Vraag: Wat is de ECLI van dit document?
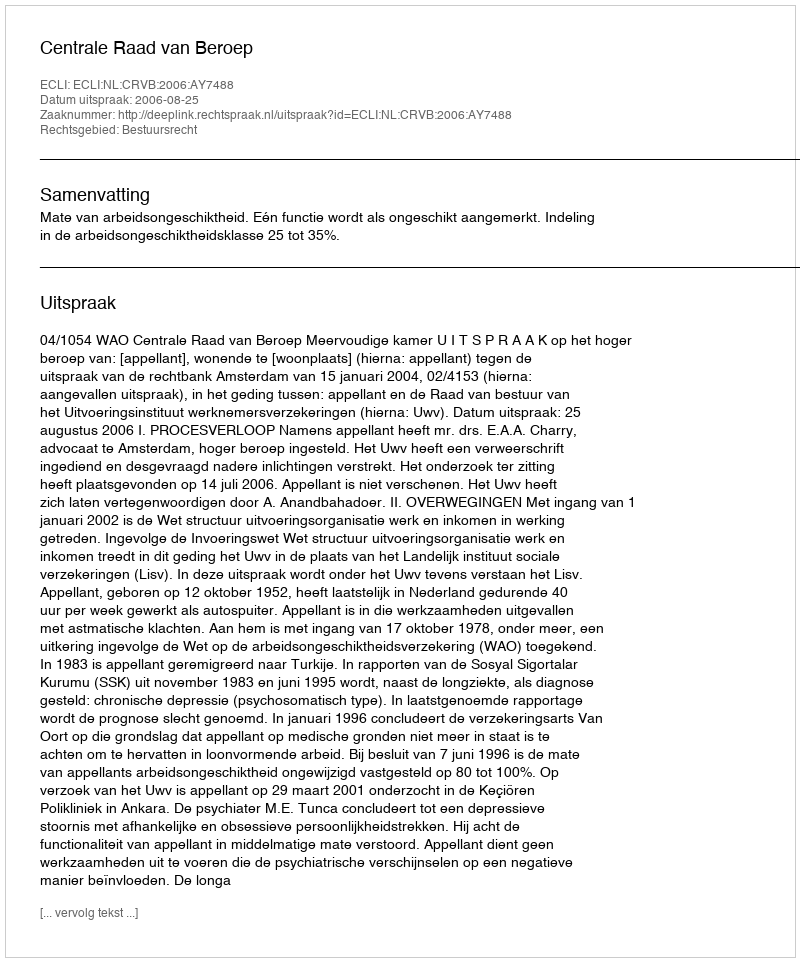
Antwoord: ECLI:NL:CRVB:2006:AY7488